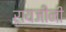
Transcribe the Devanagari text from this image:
रायजींनी